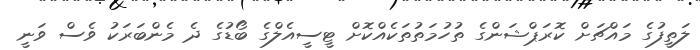
ލަތީފުގެ މައްޗަށް ކޮރަޕްޝަންގެ ތުހުމަތުތަކެއްކޮށް ޓީސީއެލްގެ ބޯޑުގެ ދެ މެންބަރަކު ވެސް ވަނީ